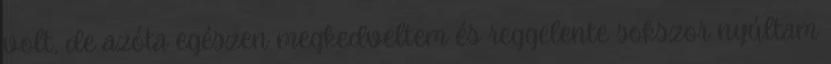
volt, de azóta egészen megkedveltem és reggelente sokszor nyúltam